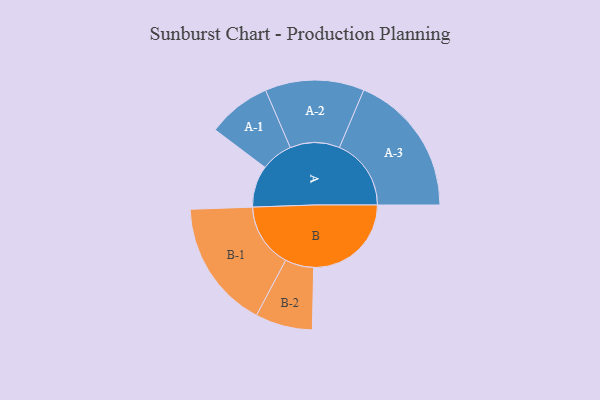
{"axis": {"x": "Segment", "y": "Value"}, "legend": ["", "A", "B"], "data": [{"x": "A", "y": 169, "type": ""}, {"x": "B", "y": 396, "type": ""}, {"x": "A-1", "y": 129, "type": "A"}, {"x": "A-2", "y": 201, "type": "A"}, {"x": "A-3", "y": 291, "type": "A"}, {"x": "B-1", "y": 261, "type": "B"}, {"x": "B-2", "y": 116, "type": "B"}]}